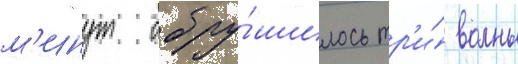
м'инут обру́шилось тр'и́ волны